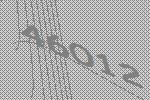
46012